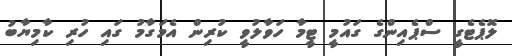
ލޮޕެޓެގީ ސްޕެއިންގެ ގައުމީ ޓީމާ ހަވާލުވީ ކުރިން އެމަގާމު ގައި ހުރި ކާމިޔާބު